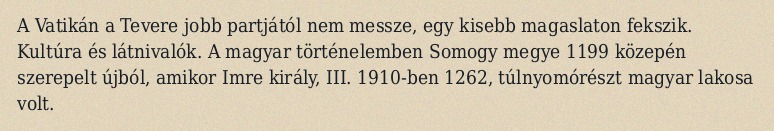
A Vatikán a Tevere jobb partjától nem messze, egy kisebb magaslaton fekszik. Kultúra és látnivalók. A magyar történelemben Somogy megye 1199 közepén szerepelt újból, amikor Imre király, III. 1910-ben 1262, túlnyomórészt magyar lakosa volt.